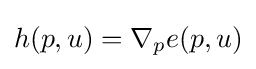
h(p,u)=\nabla _{p}e(p,u)